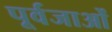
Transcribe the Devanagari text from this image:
पूर्वजाओं